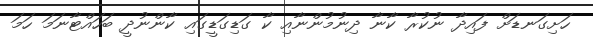
ހަށިގަނޑަށް ފައިދާ ނުކުރާ ކާނާ ދިނުމުންނާއި ކާ ގަޑިގަޑީގައި ކާންނުދީ ބަހައްޓާނަމަ ހަމަ